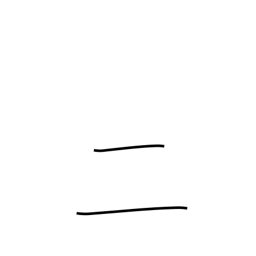
Meaning: two